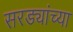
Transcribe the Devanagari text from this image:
सरड्यांच्या